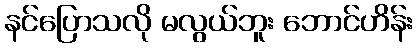
နင်ပြောသလို မလွယ်ဘူး ဘောင်ဟိန်း